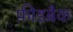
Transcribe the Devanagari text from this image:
फ़ीडबैक